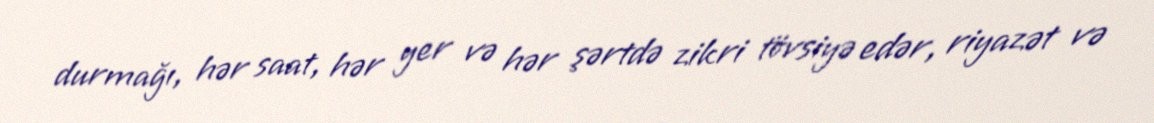
durmağı, hər saat, hər yer və hər şərtdə zikri tövsiyə edər, riyazət və